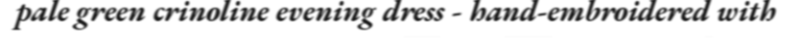
pale green crinoline evening dress - hand-embroidered with